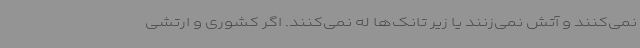
نمی‌کنند و آتش نمی‌زنند یا زیر تانک‌ها له نمی‌کنند. اگر کشوری و ارتشی